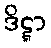
ဒိဋ္ဋာ